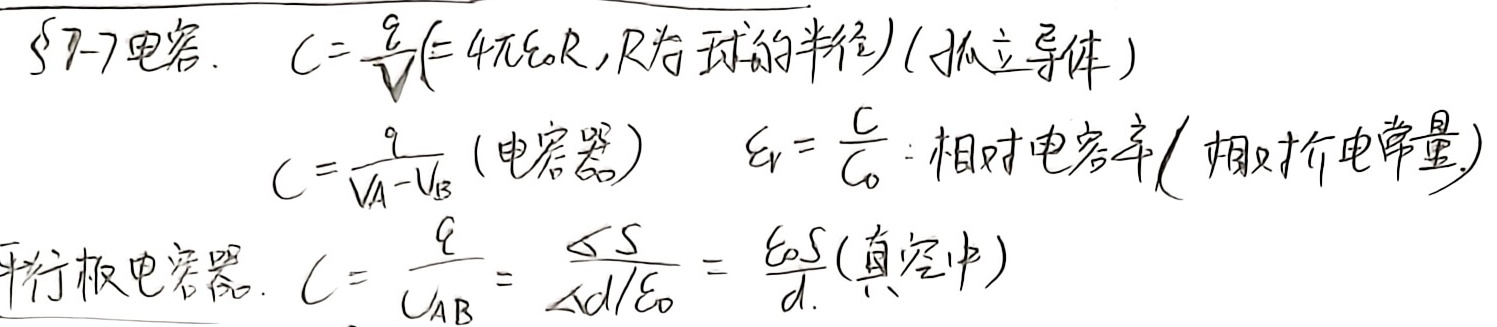
$\S7 - 7$电容。
对于孤立导体，\(C = \frac{q}{V}(= 4\pi\epsilon_{0}R\)，其中\(R\)为球的半径\()\)。
对于电容器，\(C = \frac{q}{V_{A}-V_{B}}\)。
\(\epsilon_{r}=\frac{C}{C_{0}}\)：相对电容率（相对介电常量）。
对于平行板电容器，\(C = \frac{q}{U_{AB}}=\frac{\epsilon S}{d/\epsilon_{0}}=\frac{\epsilon_{0}S}{d}\)（真空中）。